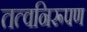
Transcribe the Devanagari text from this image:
तत्वनिरूपण